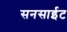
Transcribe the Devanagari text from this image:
सनसाईट